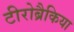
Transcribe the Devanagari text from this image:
टीरोब्रैकिया